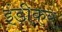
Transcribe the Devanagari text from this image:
इंडीकर